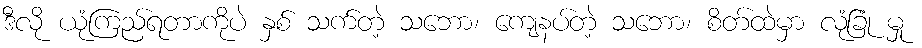
ဒီလို ယုံကြည်ရတာကိုပဲ နှစ် သက်တဲ့ သဘော၊ ကျေနပ်တဲ့ သဘော၊ စိတ်ထဲမှာ လုံခြုံ မှု